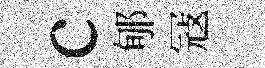
c郇冦